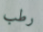
رطب